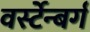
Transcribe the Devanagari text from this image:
वर्स्टेन्बर्ग